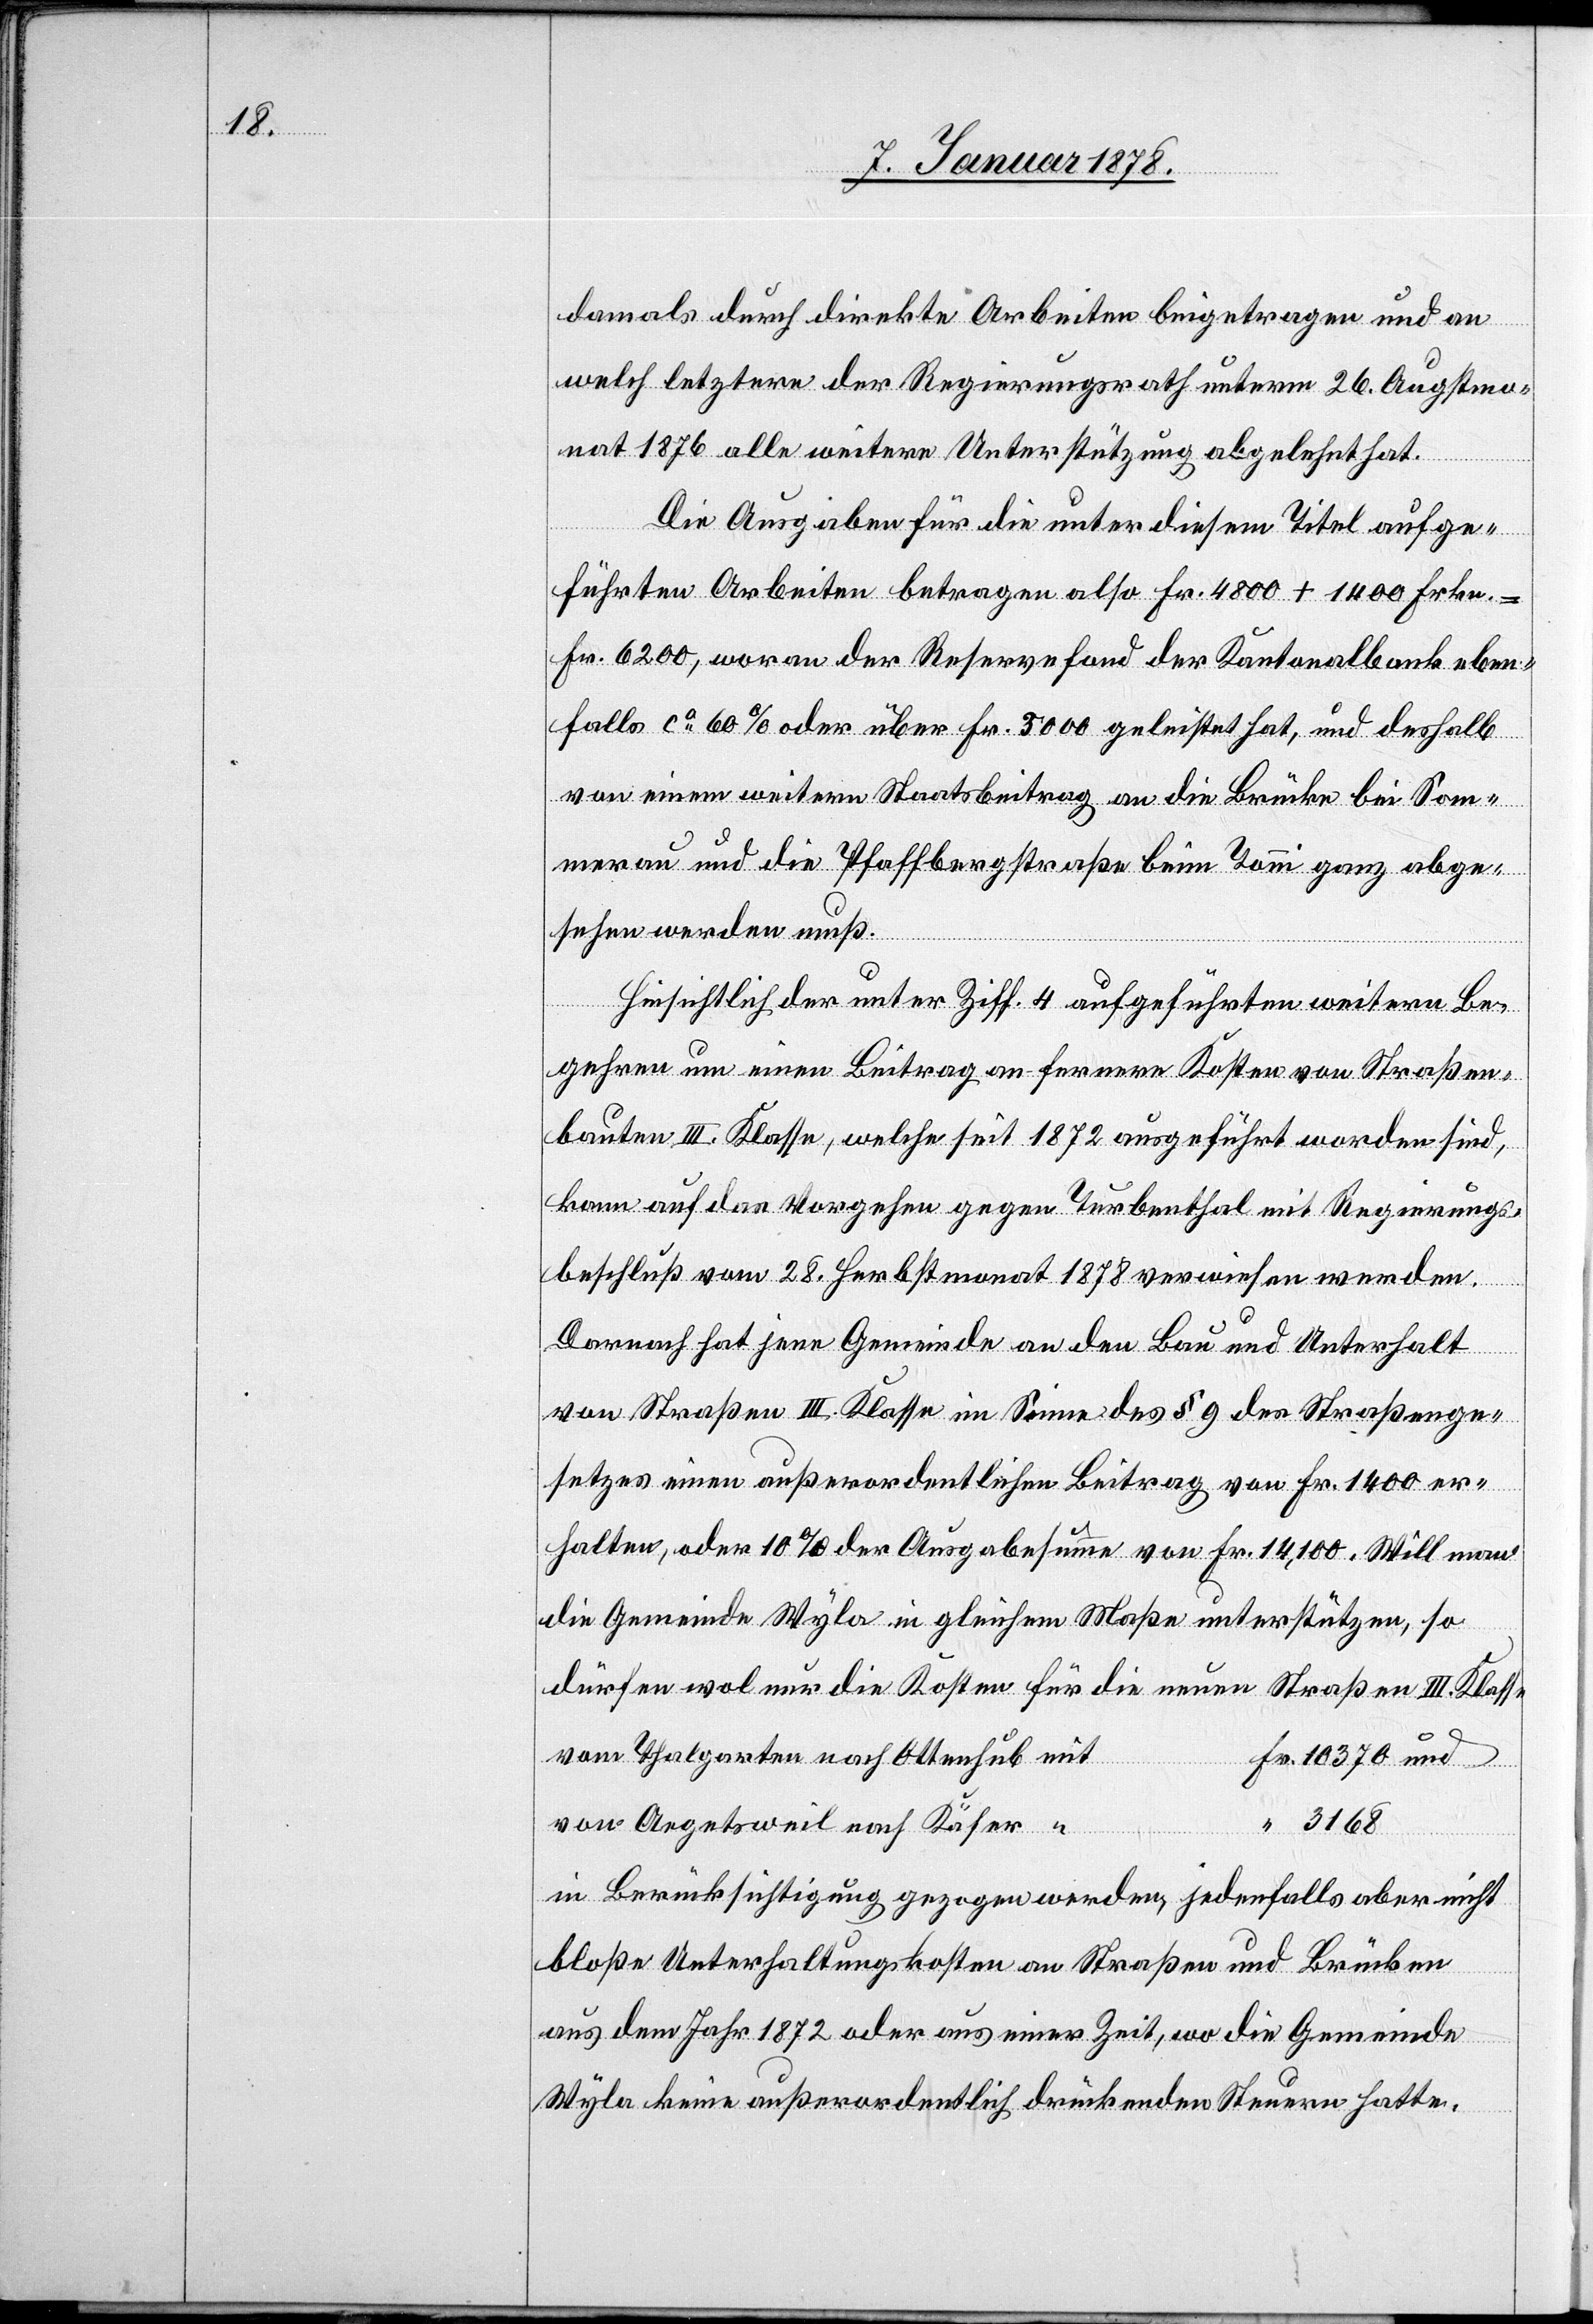
damals durch direkte Arbeiten beigetragen und an
welch letztere der Regierungsrath unterm 26. Augstmo¬
nat 1876 alle weitere Unterstützung abgelehnt hat.
und
Die Ausgaben für die unter diesem Titel aufge¬
führten Arbeiten betragen also Fr. 4800 + 1400 Frkn.
Fr. 6200, woran der Reservefond der Kantonalbank eben¬
falls ca 60% oder über Fr. 3000 geleistet hat, und deshalb
von einem weitern Staatsbeitrag an die Brücke bei Som¬
merau und die Pfaffbergstraße beim Tonni ganz abge¬
sehen werden muß.
Hinsichtlich der unter Ziff. 4 aufgeführten weitern Be¬
gehren um einen Beitrag an fernere Kosten von Straßen¬
bauten III. Klasse, welche seit 1872 ausgeführt worden sind,
kann auf das Vorgehen gegen Turbenthal mir Regierungs¬
beschluß vom 28. Herbstmonat 1878 verwiesen werden.
Darnach hat jene Gemeinde an den Bau und Unterhalt
370
von Straßen III. Klasse im Sinne des § 9 des Straßenge¬
setzes einen außerordentlichen Beitrag von Fr. 1400 er¬
halten, oder 10% der Ausgabesumme von Fr. 14,100. Will man
die Gemeinde Wyla in gleichem Maße unterstützen, so
dürfen wol nur die Kosten für die neuen Straßen III. Klasse
vom Thalgarten nach Ottenhub
mit
von Argetsweil nach Käfer
3168
in Berücksichtigung gezogen werden, jedenfalls aber nicht
bloße Unterhaltungskosten von Straßen und Brücken
aus dem Jahr 1872 oder aus einer Zeit, wo die Gemeinde
Wyla keine außerordentlich drückenden Steuern hatte.